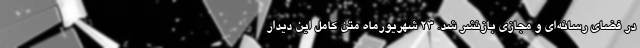
در فضای رسانه‌ای و مجازی بازنشر شد. ۲۳ شهریورماه متن کامل این دیدار